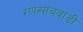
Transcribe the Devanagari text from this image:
रणखांबवाडी